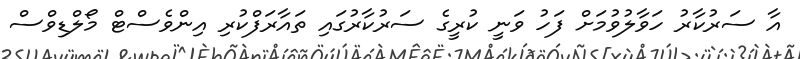
އާ ސަރުކާރު ހަވާލުވުމަށް ފަހު ވަނީ ކުރީގެ ސަރުކާރުގައި ތައާރަފްކުރި އިންވެސްޓް މޯލްޑިވްސް